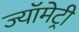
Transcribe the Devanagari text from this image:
ज्यॉमेट्री